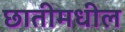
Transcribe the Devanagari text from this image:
छातीमधील